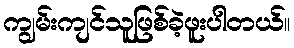
ကျွမ်းကျင်သူဖြစ်ခဲ့ဖူးပါတယ်။